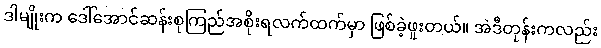
ဒါမျိုးက ဒေါ်အောင်ဆန်းစုကြည်အစိုးရလက်ထက်မှာ ဖြစ်ခဲ့ဖူးတယ်။ အဲဒီတုန်းကလည်း